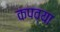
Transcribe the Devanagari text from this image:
कपव्या